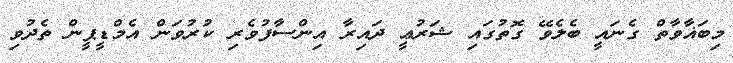
މިބަޣާވާތް ގެނައީ ބެލެވޭ ގޮތުގައި ޝަރުޢީ ދައިރާ އިންސާފުވެރި ކުރުވަން އެމްޑީޕީން ތެދުވި